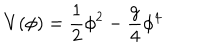
V ( \phi ) = \frac { 1 } { 2 } \phi ^ { 2 } - \frac { g } { 4 } \phi ^ { 4 }